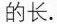
的长。